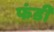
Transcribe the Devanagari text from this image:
फंडी